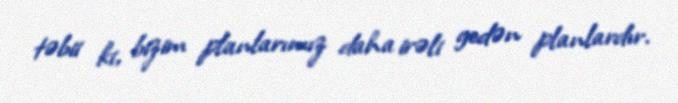
təbii ki, bizim planlarımız daha irəli gedən planlardır.